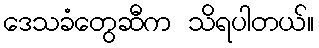
ဒေသခံတွေဆီက သိရပါတယ်။